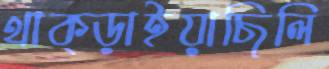
থাক্‌ড়াইয়াছিলি